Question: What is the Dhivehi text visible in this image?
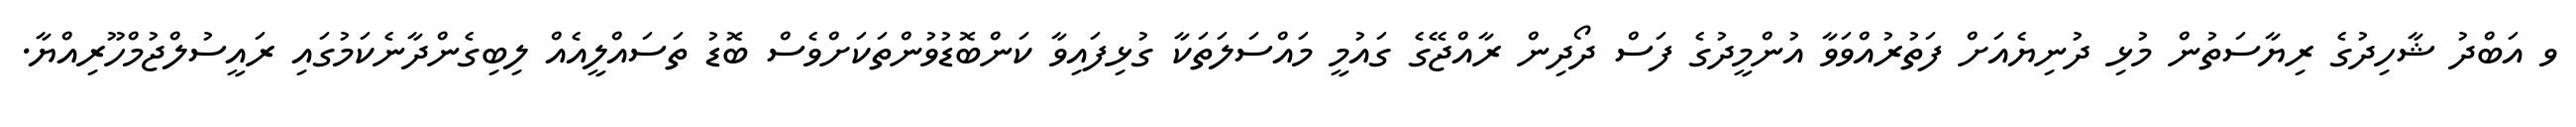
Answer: ވ އަބްދު ޝާހިދުގެ ރިޔާސަތުން މުޅި ދުނިޔެއަށް ފަތުރުއްވަވާ އުންމީދުގެ ފަސް ދޯދިން ރާއްޖޭގެ ގައުމީ މައްސަލަތަކާ ގުޅިފައިވާ ކަންބޮޑުވުންތަކަށްވެސް ބޮޑު ތަސައްލީއެއް ލިބިގެންދާނެކަމުގައި ރައީސުލްޖުމްހޫރިއްޔާ.